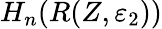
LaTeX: H_{n}(R(Z,\varepsilon_{2}))